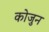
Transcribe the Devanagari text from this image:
कोजुन